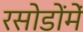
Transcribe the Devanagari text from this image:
रसोडोंमें